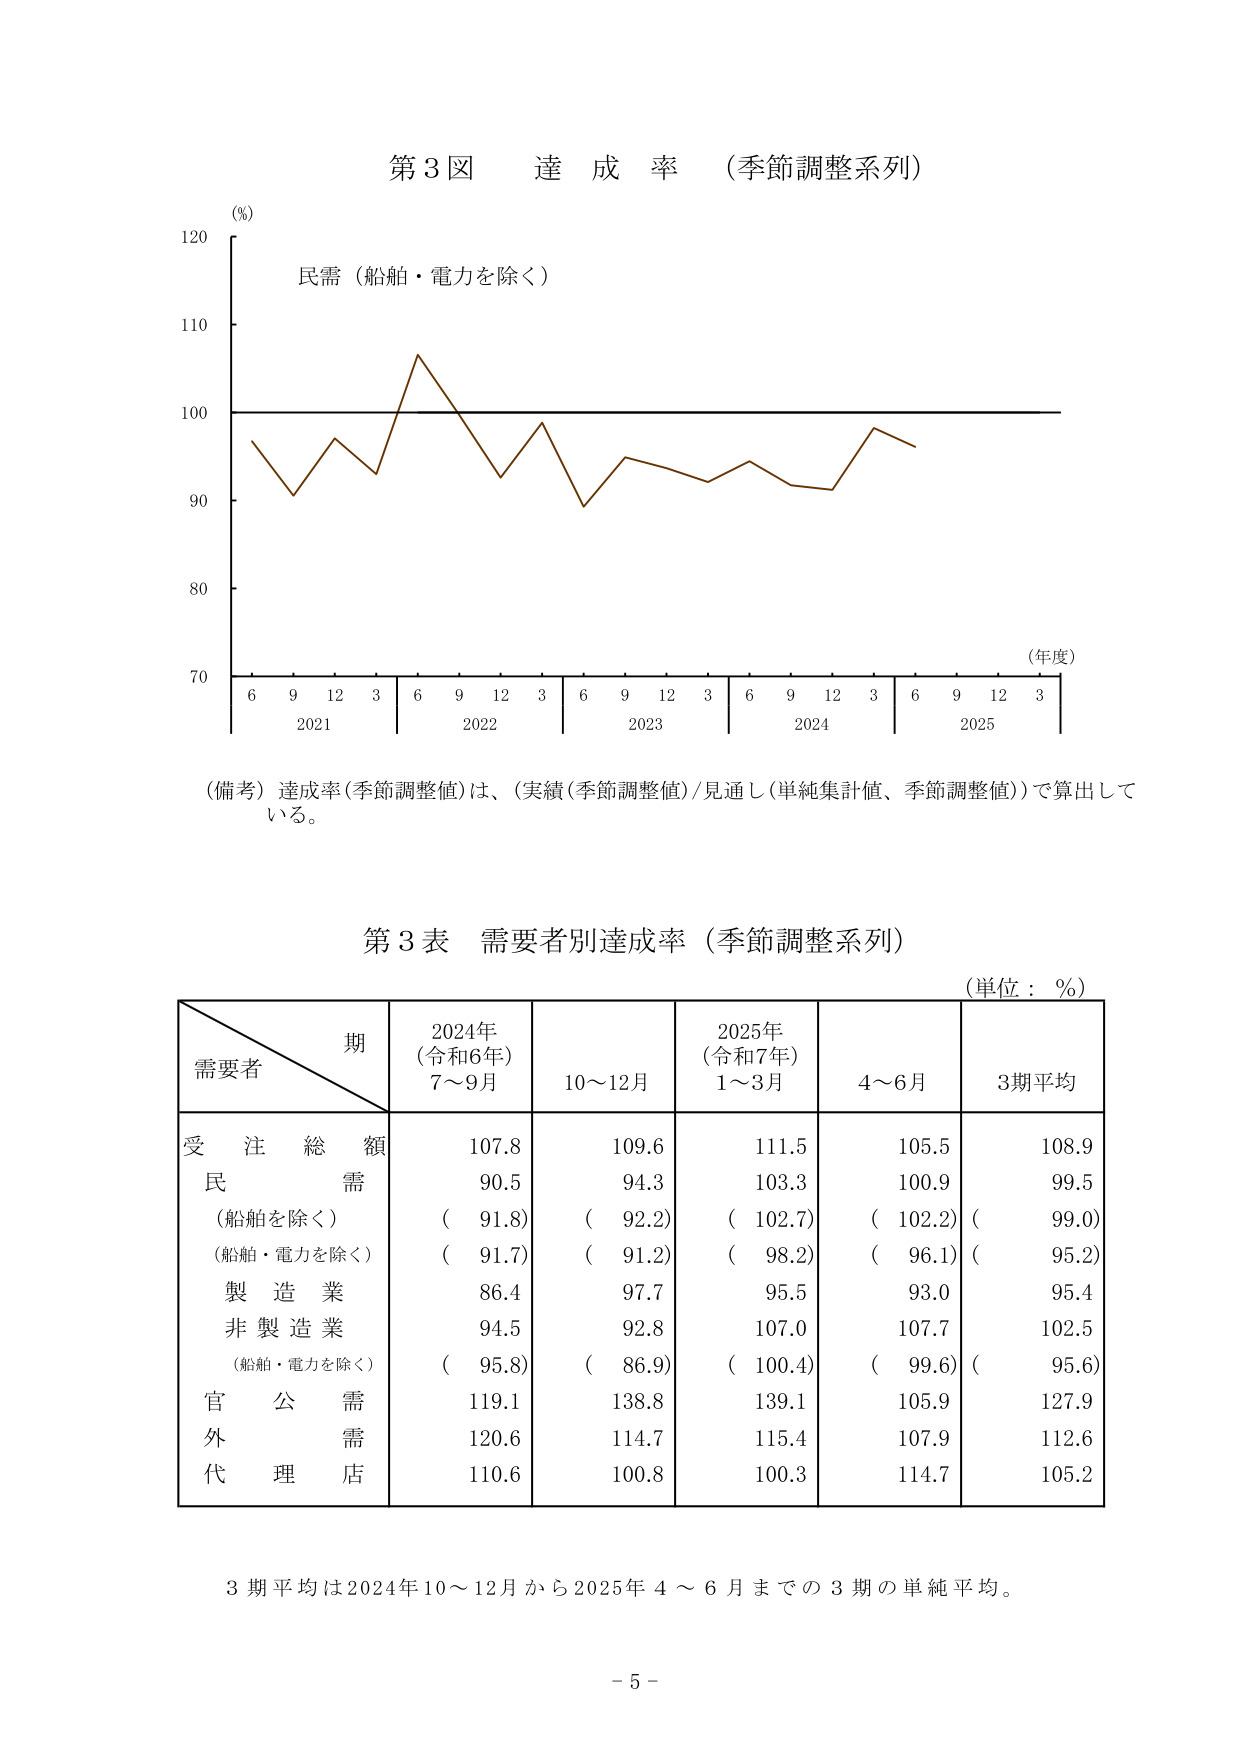
第3図 達成率（季節調整系列）

(%)
120
110
100
90
80
70

民需（船舶・電力を除く）

（年度）
6 9 12 3 | 6 9 12 3 | 6 9 12 3 | 6 9 12 3 | 6 9 12 3
2021 2022 2023 2024 2025

（備考）達成率（季節調整値）は、（実績（季節調整値）/見通し（単純集計値、季節調整値））で算出している。

第3表 需要者別達成率（季節調整系列）
（単位：％）

期
需要者
2024年（令和6年）7～9月
10～12月
2025年（令和7年）1～3月
4～6月
3期平均

受注総額
107.8
109.6
111.5
105.5
108.9

民需
90.5
94.3
103.3
100.9
99.5
（船舶を除く）
（91.8）
（92.2）
（102.7）
（102.2）
（99.0）
（船舶・電力を除く）
（91.7）
（91.2）
（98.2）
（96.1）
（95.2）

製造業
86.4
97.7
95.5
93.0
95.4

非製造業
94.5
92.8
107.0
107.7
102.5
（船舶・電力を除く）
（95.8）
（86.9）
（100.4）
（99.6）
（95.6）

官公需
119.1
138.8
139.1
105.9
127.9

外需
120.6
114.7
115.4
107.9
112.6

代理店
110.6
100.8
100.3
114.7
105.2

3期平均は2024年10～12月から2025年4～6月までの3期の単純平均。

- 5 -